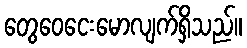
တွေဝေငေးမောလျက်ရှိသည်။